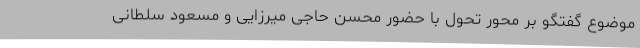
موضوع گفتگو بر محور تحول با حضور محسن حاجی میرزایی و مسعود سلطانی